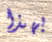
بهذا